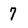
Character: 7